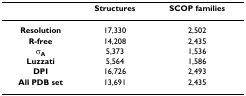
<table><thead><tr><td></td><td><b>Structures</b></td><td><b>SCOP families</b></td></tr></thead><tbody><tr><td><b>Resolution</b></td><td>17,330</td><td>2,502</td></tr><tr><td><b>R-free</b></td><td>14,208</td><td>2,435</td></tr><tr><td><b>σ<sub>A</sub></b></td><td>5,373</td><td>1,536</td></tr><tr><td><b>Luzzati</b></td><td>5,564</td><td>1,586</td></tr><tr><td><b>DPI</b></td><td>16,726</td><td>2,493</td></tr><tr><td><b>All PDB set</b></td><td>13,691</td><td>2,435</td></tr></tbody></table>